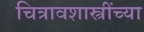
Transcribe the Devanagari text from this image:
चित्रावशास्त्रींच्या